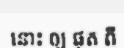
នោះ ឲ្យ ផុត ពី